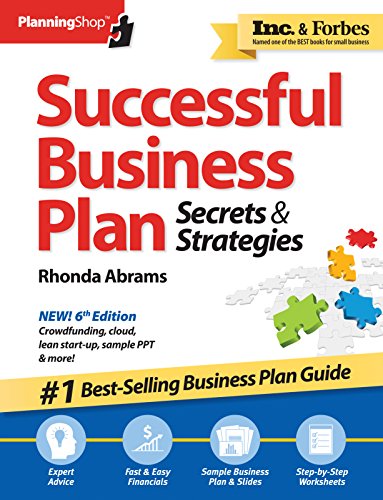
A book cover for Successful Business Plan: Secrets & Strategies (Successful Business Plan Secrets and Strategies); Rhonda Abrams; Business & Money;